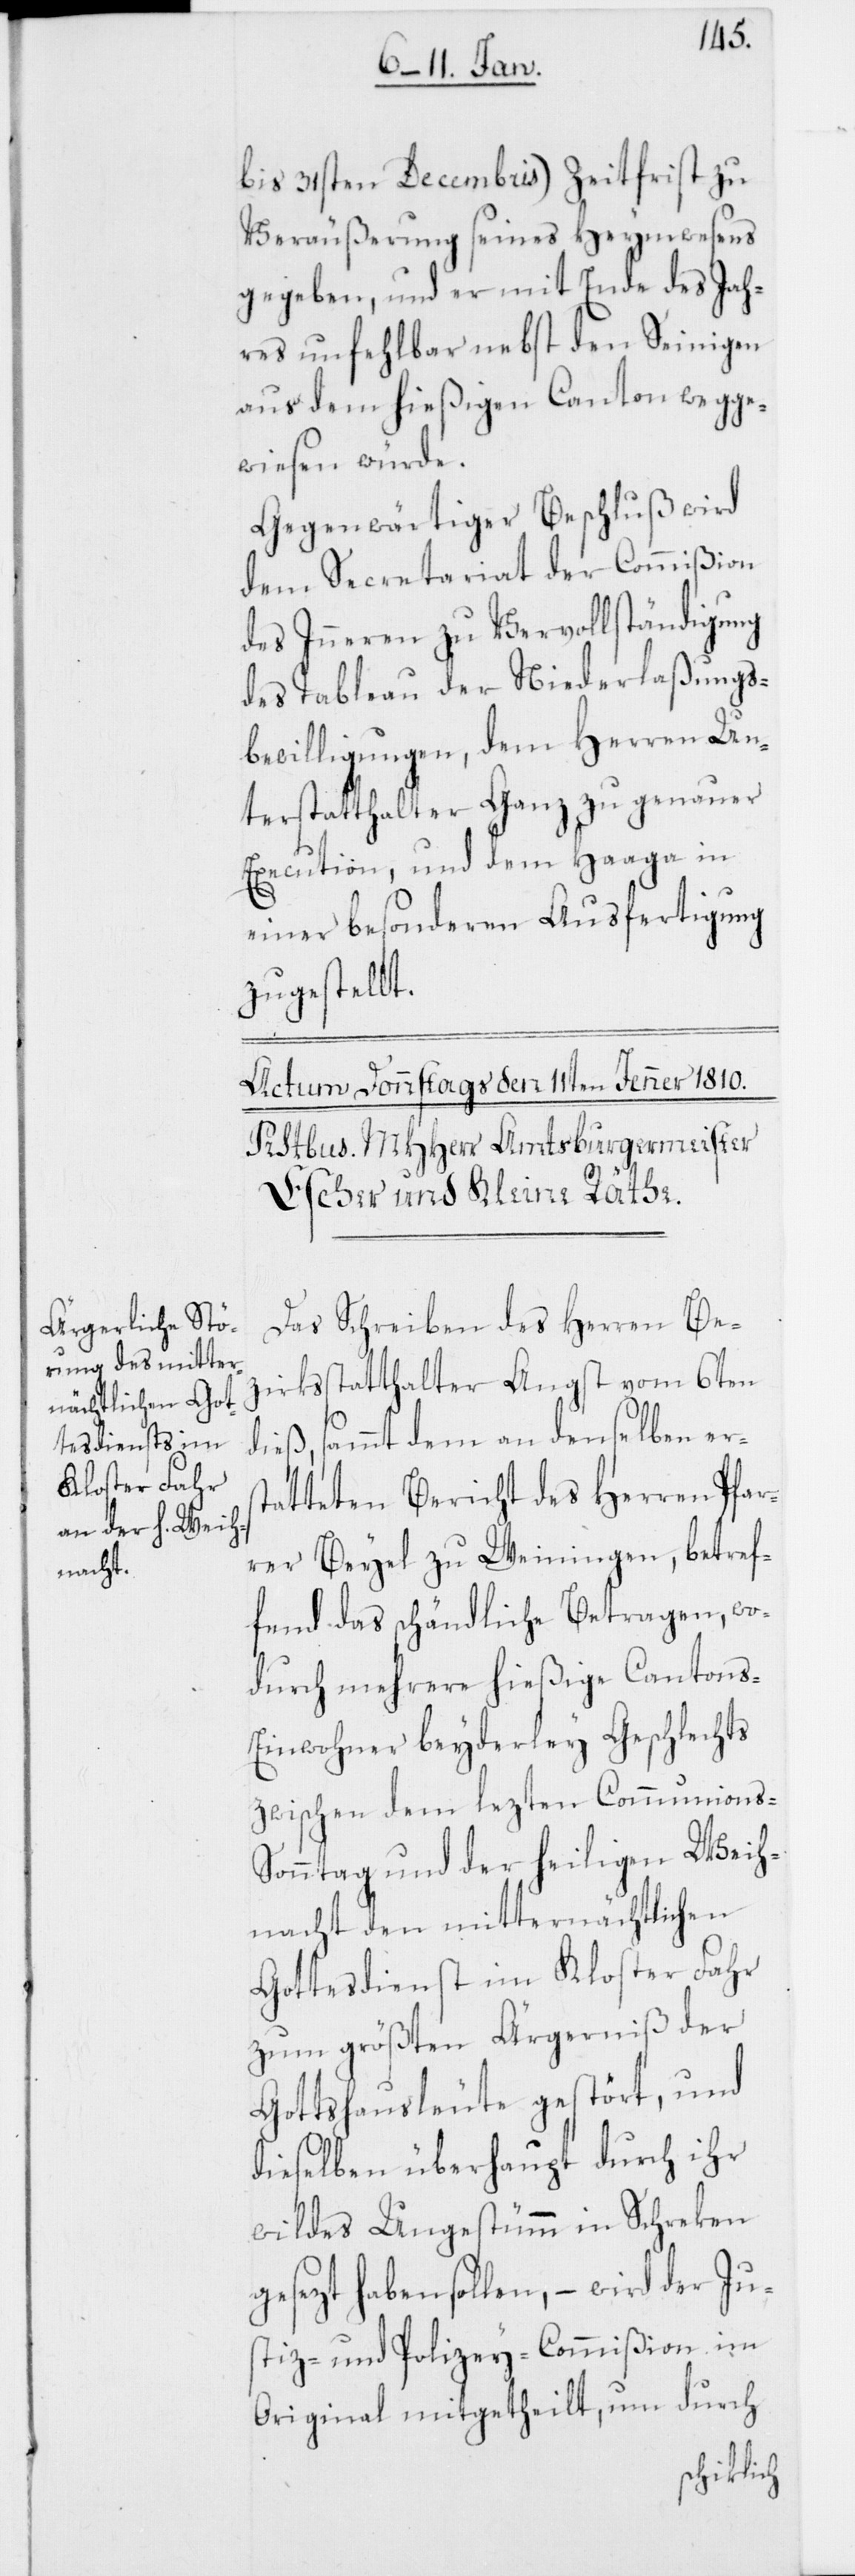
bis 31sten Decembris) Zeitfrist zu
Veräußerung seines Heymwesens
gegeben, und er mit Ende des Jah¬
res unfehlbar nebst den Seinigen
aus dem hießigen Canton weg ge¬
wiesen würde.
Gegenwärtiger Beschluß wird
dem Secretariat der Commißion
des Inneren zu Vervollständigung
des Tableau der Niederlaßungs¬
bewilligungen, dem Herren Un¬
terstatthalter Ganz zu genauer
Execution, und dem Haaga in
einer besonderen Ausfertigung
zugestellt.
Das Schreiben des Herren Be¬
zirksstatthalter Angst vom 6ten
sammt dem an denselben ers¬
tatteten Bericht des Herren Pfar¬
rer Beyel zu Weiningen, betref¬
fend das schändliche Betragen, wo¬
durch mehrere hießige Cantons-E¬
inwohner beyderley Geschlechts
zwischen dem lezten Communions-S¬
onntag und der heiligen Weih¬
nacht den mitternächtlichen
Gottesdienst im Kloster Fahr
zum größten Ärgernis der
Gottshausleute gestört, und
dieselben überhaupt durch ihr
wildes Ungestümm in Schreken
gesezt haben sollen, – wird der Ju¬
stiz- und Polizey-Commißion im
Original mitgetheilt, um durch